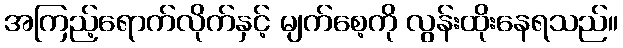
အကြည့်ရောက်လိုက်နှင့် မျက်စေ့ကို လွန်းထိုးနေရသည်။